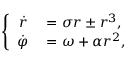
\left\{ \begin{array} { r l } { \dot { r } } & { { } = \sigma r \pm r ^ { 3 } , } \\ { \dot { \varphi } } & { { } = \omega + \alpha r ^ { 2 } , } \end{array} \right.